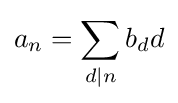
a_{n}=\sum _{d\mid n}b_{d}d